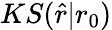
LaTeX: KS(\hat{r}|r_{0})